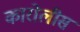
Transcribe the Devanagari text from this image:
कारोलीस